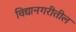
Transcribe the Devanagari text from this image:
विद्यानगरीतील